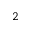
_ 2